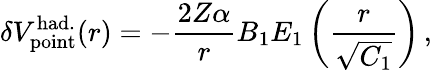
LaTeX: \delta{V}_{\mathrm{point}}^{\mathrm{had.}}(r)=-\frac{2Z\alpha}{r}B_{1}E_{1}\left(\frac{r}{\sqrt{C_{1}}}\right)\, ,